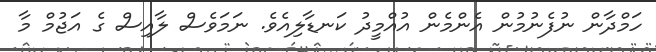
ހަމްދާން ނުފެނުމުން އެންމެން އުއްމީދު ކަނޑާލިއެވެ. ނަމަވެސް ލާއިސް ގެ އަޖުމް މާ